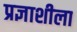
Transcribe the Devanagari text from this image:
प्रज्ञाशीला